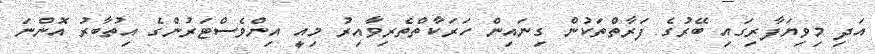
އަދި މިވިޔަފާރިގައި ބޭރުގެ ފަރާތްތަކުން ގިނައިން ހަރަކާތްތެރިވާއިރު މިއީ އިންވެސްޓަރުންގެ އިތުބާރު އޮންނަ